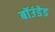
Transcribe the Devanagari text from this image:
बॉउंडेड